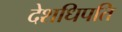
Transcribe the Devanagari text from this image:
देशधिपति